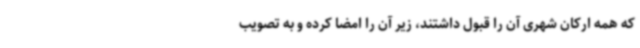
که همه ارکان شهری آن را قبول داشتند، زیر آن را امضا کرده و به تصویب